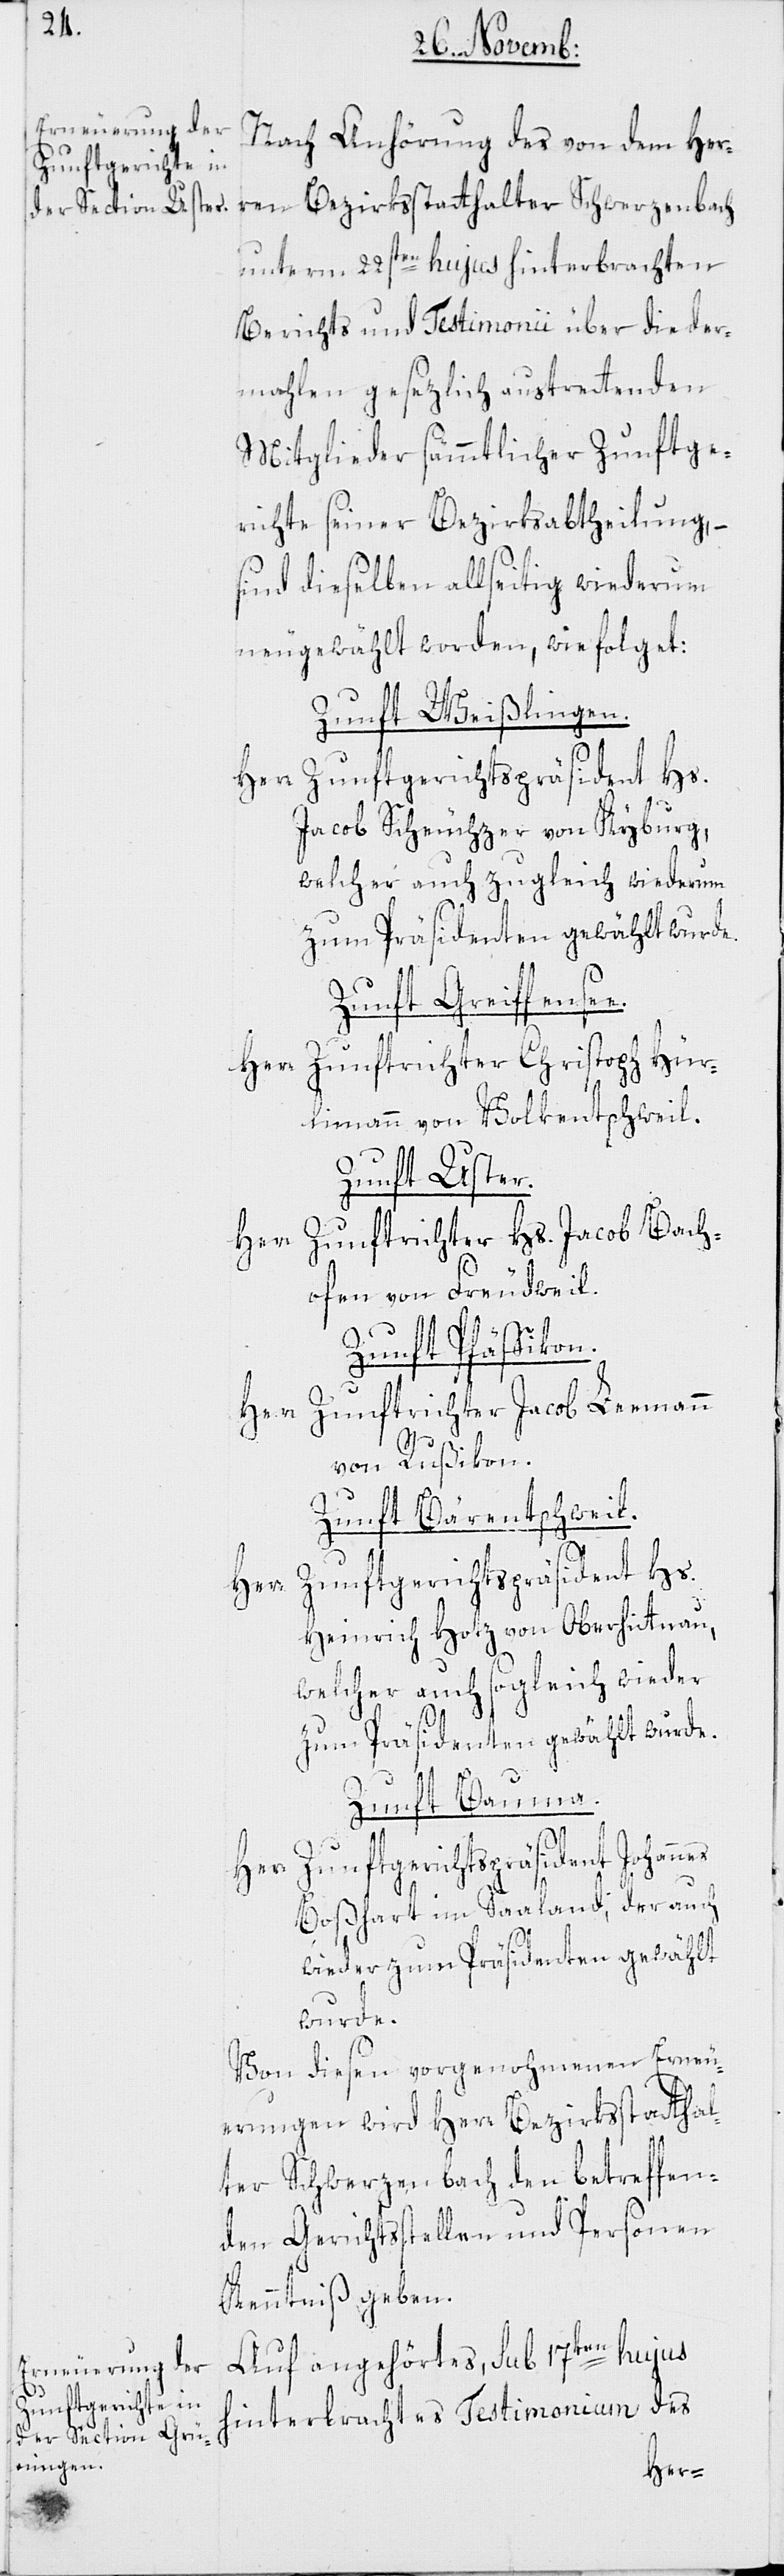
Nach Anhörung des von dem Her¬
ren Bezirksstatthalter Schwerzenbach
unterm 22sten hujus hinterbrachten
Berichts und Testimonii über die der¬
mahlen gesezlich austrettenden
Mitglieder sämmtlicher Zunftge¬
richte seiner Bezirksabtheilung, –
sind dieselben allseitig wiederum
neugewählt worden, wie folget:
Zunft Weißlingen.
Herr Zunftgerichtspräsident Hs.
Jacob Scheuchzer von Kyburg,
welcher auch zugleich wiederum
zum Präsidenten gewählt wurde.
Zunft Greiffensee.
Herr Zunftrichter Christoph Hür¬
limann von Volkentschweil.
Zunft Uster.
Herr Zunftrichter Hs. Jacob Bach¬
ofen von Freudweil.
Zunft Pfäffikon.
Herr Zunftrichter Jacob Leemann
von Rußikon.
Zunft Bärentschweil.
Heinrich Hotz von Oberhittnau,
welcher auch sogleich wieder
zum Präsidenten gewählt wurde.
Zunft Bauma.
Zunftgerichtspräsident Johannes
Herr
Boßhart im Saaland, der auch
wieder zum Präsidenten gewählt
wurde.
Von diesen vorgenohmenen Erneu¬
errungen wird Herr Bezirksstatthal¬
ter Schwerzenbach den betreffen¬
den Gerichtsstellen und Personen
Kenntniß geben.
Auf angehörtes, sub 17ten hujus
hinterbrachtes Testimonium des